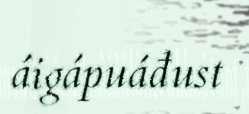
áigápuáđust